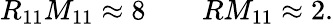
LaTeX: R_{11}M_{11}\approx 8~~~~~~~~RM_{11}\approx 2.